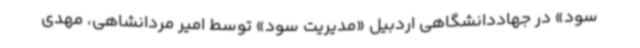
سود» در جهاددانشگاهی اردبیل «مدیریت سود» توسط امیر مردانشاهی، مهدی